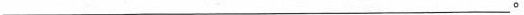
___。